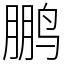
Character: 鹏